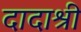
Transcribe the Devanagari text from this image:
दादाश्री